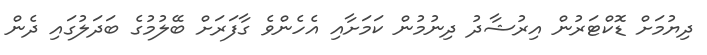
ދިޔުމަށް ޑޮކްޓަރުން އިރުޝާދު ދިނުމުން ކަމަށާއި އެހެންވެ ގާފަރަށް ބޭލުމުގެ ބަދަލުގައި ދެން